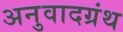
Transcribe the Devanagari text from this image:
अनुवादग्रंथ